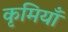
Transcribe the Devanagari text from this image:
कृमियाँ